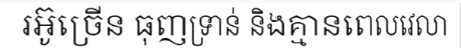
រអ៊ូច្រើន ធុញទ្រាន់ និងគ្មានពេលវេលា